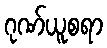
ဂုဏ်ယူစရာ